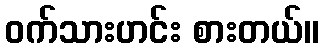
ဝက်သားဟင်း စားတယ်။